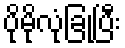
ပိုမိုလုံခြုံပြီး